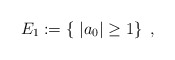
\begin{align*} E_1:=\left\{\ |a_0|\geq 1\right\}\ ,\end{align*}